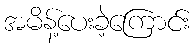
အမိန့်ပေးခဲ့ကြောင်း